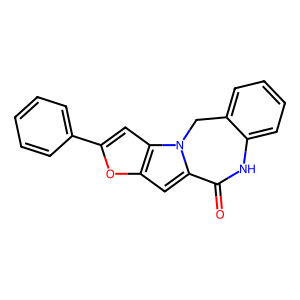
SMILES: O=C1Nc2ccccc2Cn2c1cc1oc(-c3ccccc3)cc12
Inhibits HIV replication: No